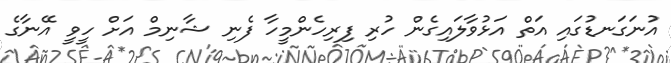
އުނަގަނޑުގައި އަތް އަޅުވާލައިގެން ހުރި ފިރިހެންމީހާ ފެނި ޝާނިމް އަށް ހީވީ އޭނާގެ